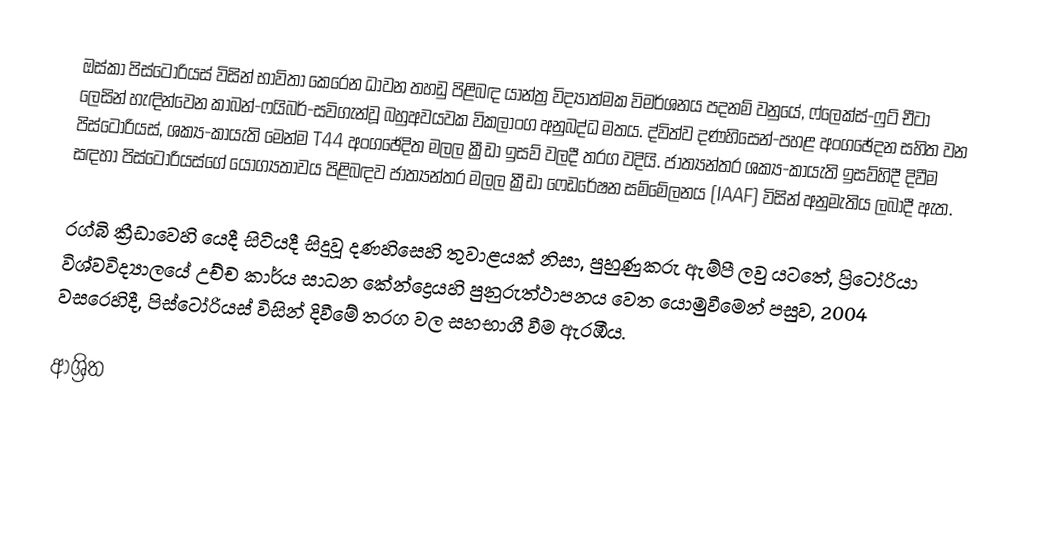
ඔස්කා පිස්ටෝරියස් විසින් භාවිතා කෙරෙන ධාවන තහඩු පිළිබඳ යාන්ත්‍ර විද්‍යාත්මක විමර්ශනය පදනම් වනුයේ,  ෆ්ලෙක්ස්-ෆුට් චීටා ලෙසින් හැඳින්වෙන කාබන්-ෆයිබර්-සවිගැන්වූ බහුඅවයවක විකලාංග අනුබද්ධ මතය.  ද්විත්ව දණහිසෙන්-පහළ  අංගඡේදන සහිත වන පිස්ටෝරියස්,  ශක්‍ය-කායැති මෙන්ම T44 අංගඡේදිත මලල ක්‍රීඩා ඉසව් වලදී තරග වදියි. ජාත්‍යන්තර ශක්‍ය-කායැති ඉසව්හිදී දිවීම සඳහා පිස්ටෝරියස්ගේ යෝග්‍යතාවය පිළිබඳව ජාත්‍යන්තර මලල ක්‍රීඩා ෆෙඩරේෂන සම්මේලනය (IAAF) විසින් අනුමැතිය ලබාදී ඇත.

රග්බි ක්‍රීඩාවෙහි යෙදී සිටියදී සිදුවූ දණහිසෙහි තුවාළයක් නිසා, පුහුණුකරු ඇම්පී ලවු යටතේ,  ප්‍රිටෝරියා විශ්වවිද්‍යාලයේ උච්ච කාර්ය සාධන කේන්ද්‍රෙයහි පුනුරුත්ථාපනය වෙත යොමුවීමෙන් පසුව,  2004 වසරෙහිදී, පිස්ටෝරියස් විසින් දිවීමේ තරග වල සහභාගී වීම ඇරඹීය.

ආශ්‍රිත